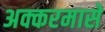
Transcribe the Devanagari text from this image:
अक्करमासे